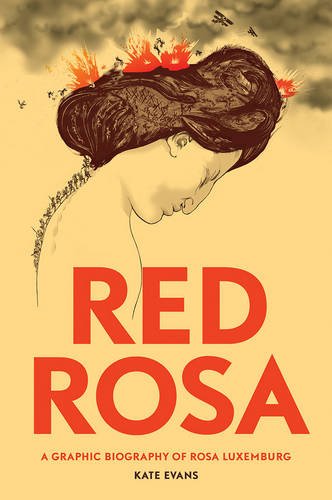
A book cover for Red Rosa: A Graphic Biography of Rosa Luxemburg; Kate Evans; Biographies & Memoirs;